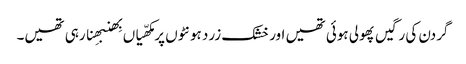
گردن کی رگیں پھولی ہوئی تھیں اور خشک زرد ہونٹوں پر مکھّیاں بِھنبھِنا رہی تھیں۔